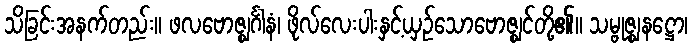
သိခြင်းအနက်တည်း။ ဖလဗောဇ္ဈင်္ဂါနံ၊ ဖိုလ်လေးပါးနှင့်ယှဉ်သောဗောဇ္ဈင်တို့၏။ သမ္ဗုဇ္ဈနဋ္ဌော၊